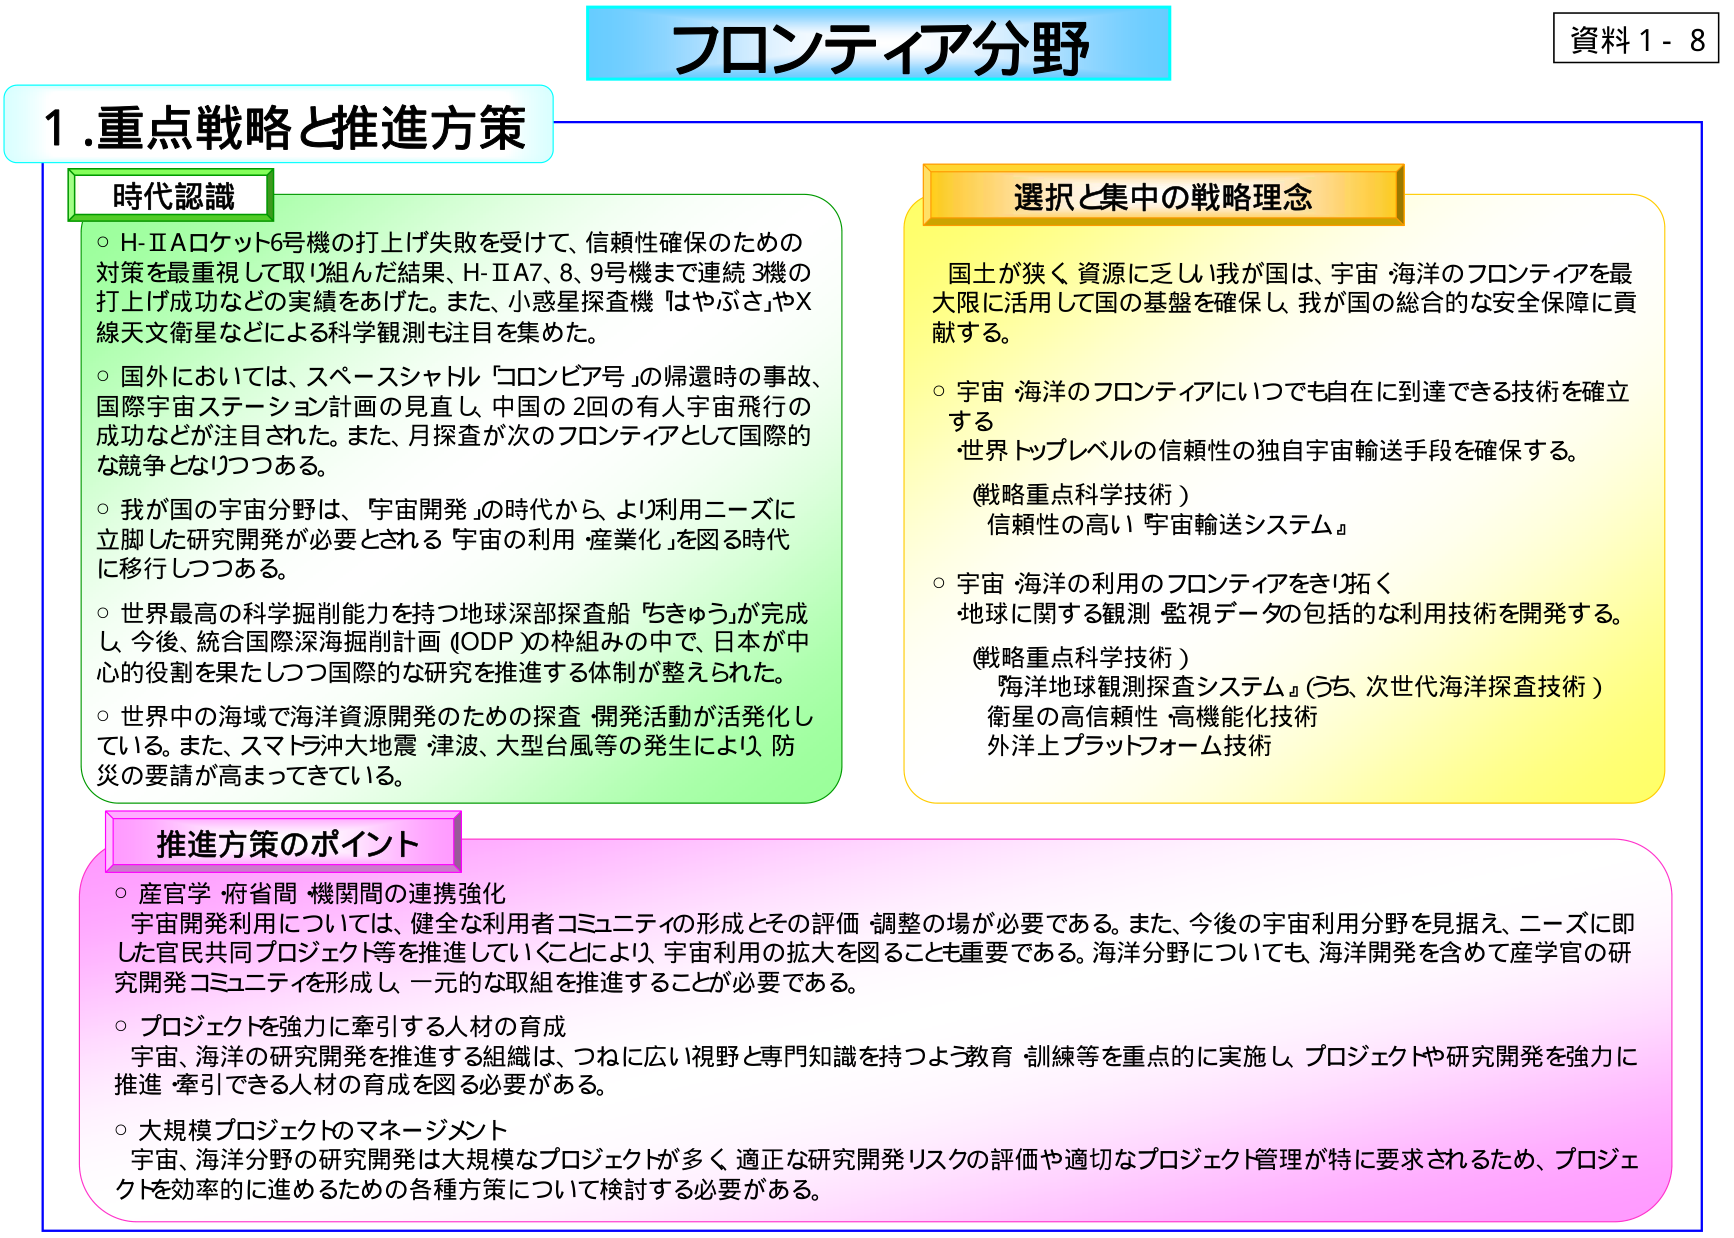
フロンティア分野
資料 1 - 8

1.重点戦略と推進方策

時代認識
○ H-IIAロケット6号機の打上げ失敗を受けて、信頼性確保のための対策を最重視して取り組んだ結果、H-IIA7、8、9号機まで連続3機の打上げ成功などの実績をあげた。また、小惑星探査機「はやぶさ」やX線天文衛星などによる科学観測も注目を集めた。
○ 国外においては、スペースシャトル「コロンビア号」の帰還時の事故、国際宇宙ステーション計画の見直し、中国の2回の有人宇宙飛行の成功などが注目された。また、月探査が次のフロンティアとして国際的な競争となりつつある。
○ 我が国の宇宙分野は、「宇宙開発」の時代から、より利用ニーズに立脚した研究開発が必要とされる「宇宙の利用・産業化」を図る時代に移行しつつある。
○ 世界最高の科学掘削能力を持つ地球深部探査船「ちきゅう」が完成し、今後、統合国際深海掘削計画（IODP）の枠組みの中で、日本が中心的役割を果たしつつ国際的な研究を推進する体制が整えられた。
○ 世界中の海域で海洋資源開発のための探査・開発活動が活発化している。また、スマトラ沖大地震・津波、大型台風等の発生により、防災の要請が高まってきている。

選択と集中の戦略理念
国土が狭く、資源に乏しい我が国は、宇宙・海洋のフロンティアを最大限に活用して国の基盤を確保し、我が国の総合的な安全保障に貢献する。
○ 宇宙・海洋のフロンティアにいつでも自在に到達できる技術を確立する
・世界トップレベルの信頼性の独自宇宙輸送手段を確保する。
（戦略重点科学技術）
信頼性の高い「宇宙輸送システム」
○ 宇宙・海洋の利用のフロンティアをきり拓く
・地球に関する観測・監視データの包括的な利用技術を開発する。
（戦略重点科学技術）
「海洋地球観測探査システム」（うち、次世代海洋探査技術）
衛星の高信頼性・高機能化技術
外洋上プラットフォーム技術

推進方策のポイント
○ 産官学・府省間・機関間の連携強化
宇宙開発利用については、健全な利用者コミュニティの形成とその評価・調整の場が必要である。また、今後の宇宙利用分野を見据え、ニーズに即した官民共同プロジェクト等を推進していくことにより、宇宙利用の拡大を図ることも重要である。海洋分野についても、海洋開発を含めて産学官の研究開発コミュニティを形成し、一元的な取組を推進することが必要である。
○ プロジェクトを強力に牽引する人材の育成
宇宙・海洋の研究開発を推進する組織は、つねに広い視野と専門知識を持つよう教育・訓練等を重点的に実施し、プロジェクトや研究開発を強力に推進・牽引できる人材の育成を図る必要がある。
○ 大規模プロジェクトのマネージメント
宇宙・海洋分野の研究開発は大規模なプロジェクトが多く、適正な研究開発リスクの評価や適切なプロジェクト管理が特に要求されるため、プロジェクトを効率的に進めるための各種方策について検討する必要がある。